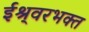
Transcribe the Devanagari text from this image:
ईश्र्वरभक्त